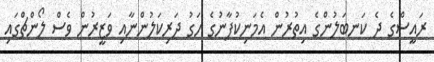
ރައީސްގެ ދެ ކަނބަލުންގެ އިތުރުން އެމަނިކުފާނުގެ ހަގު ދަރިކަލުންނާއި ވަޒީރުން ވެސް ލޯންޗްގައި